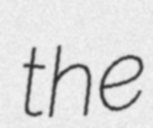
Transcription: the